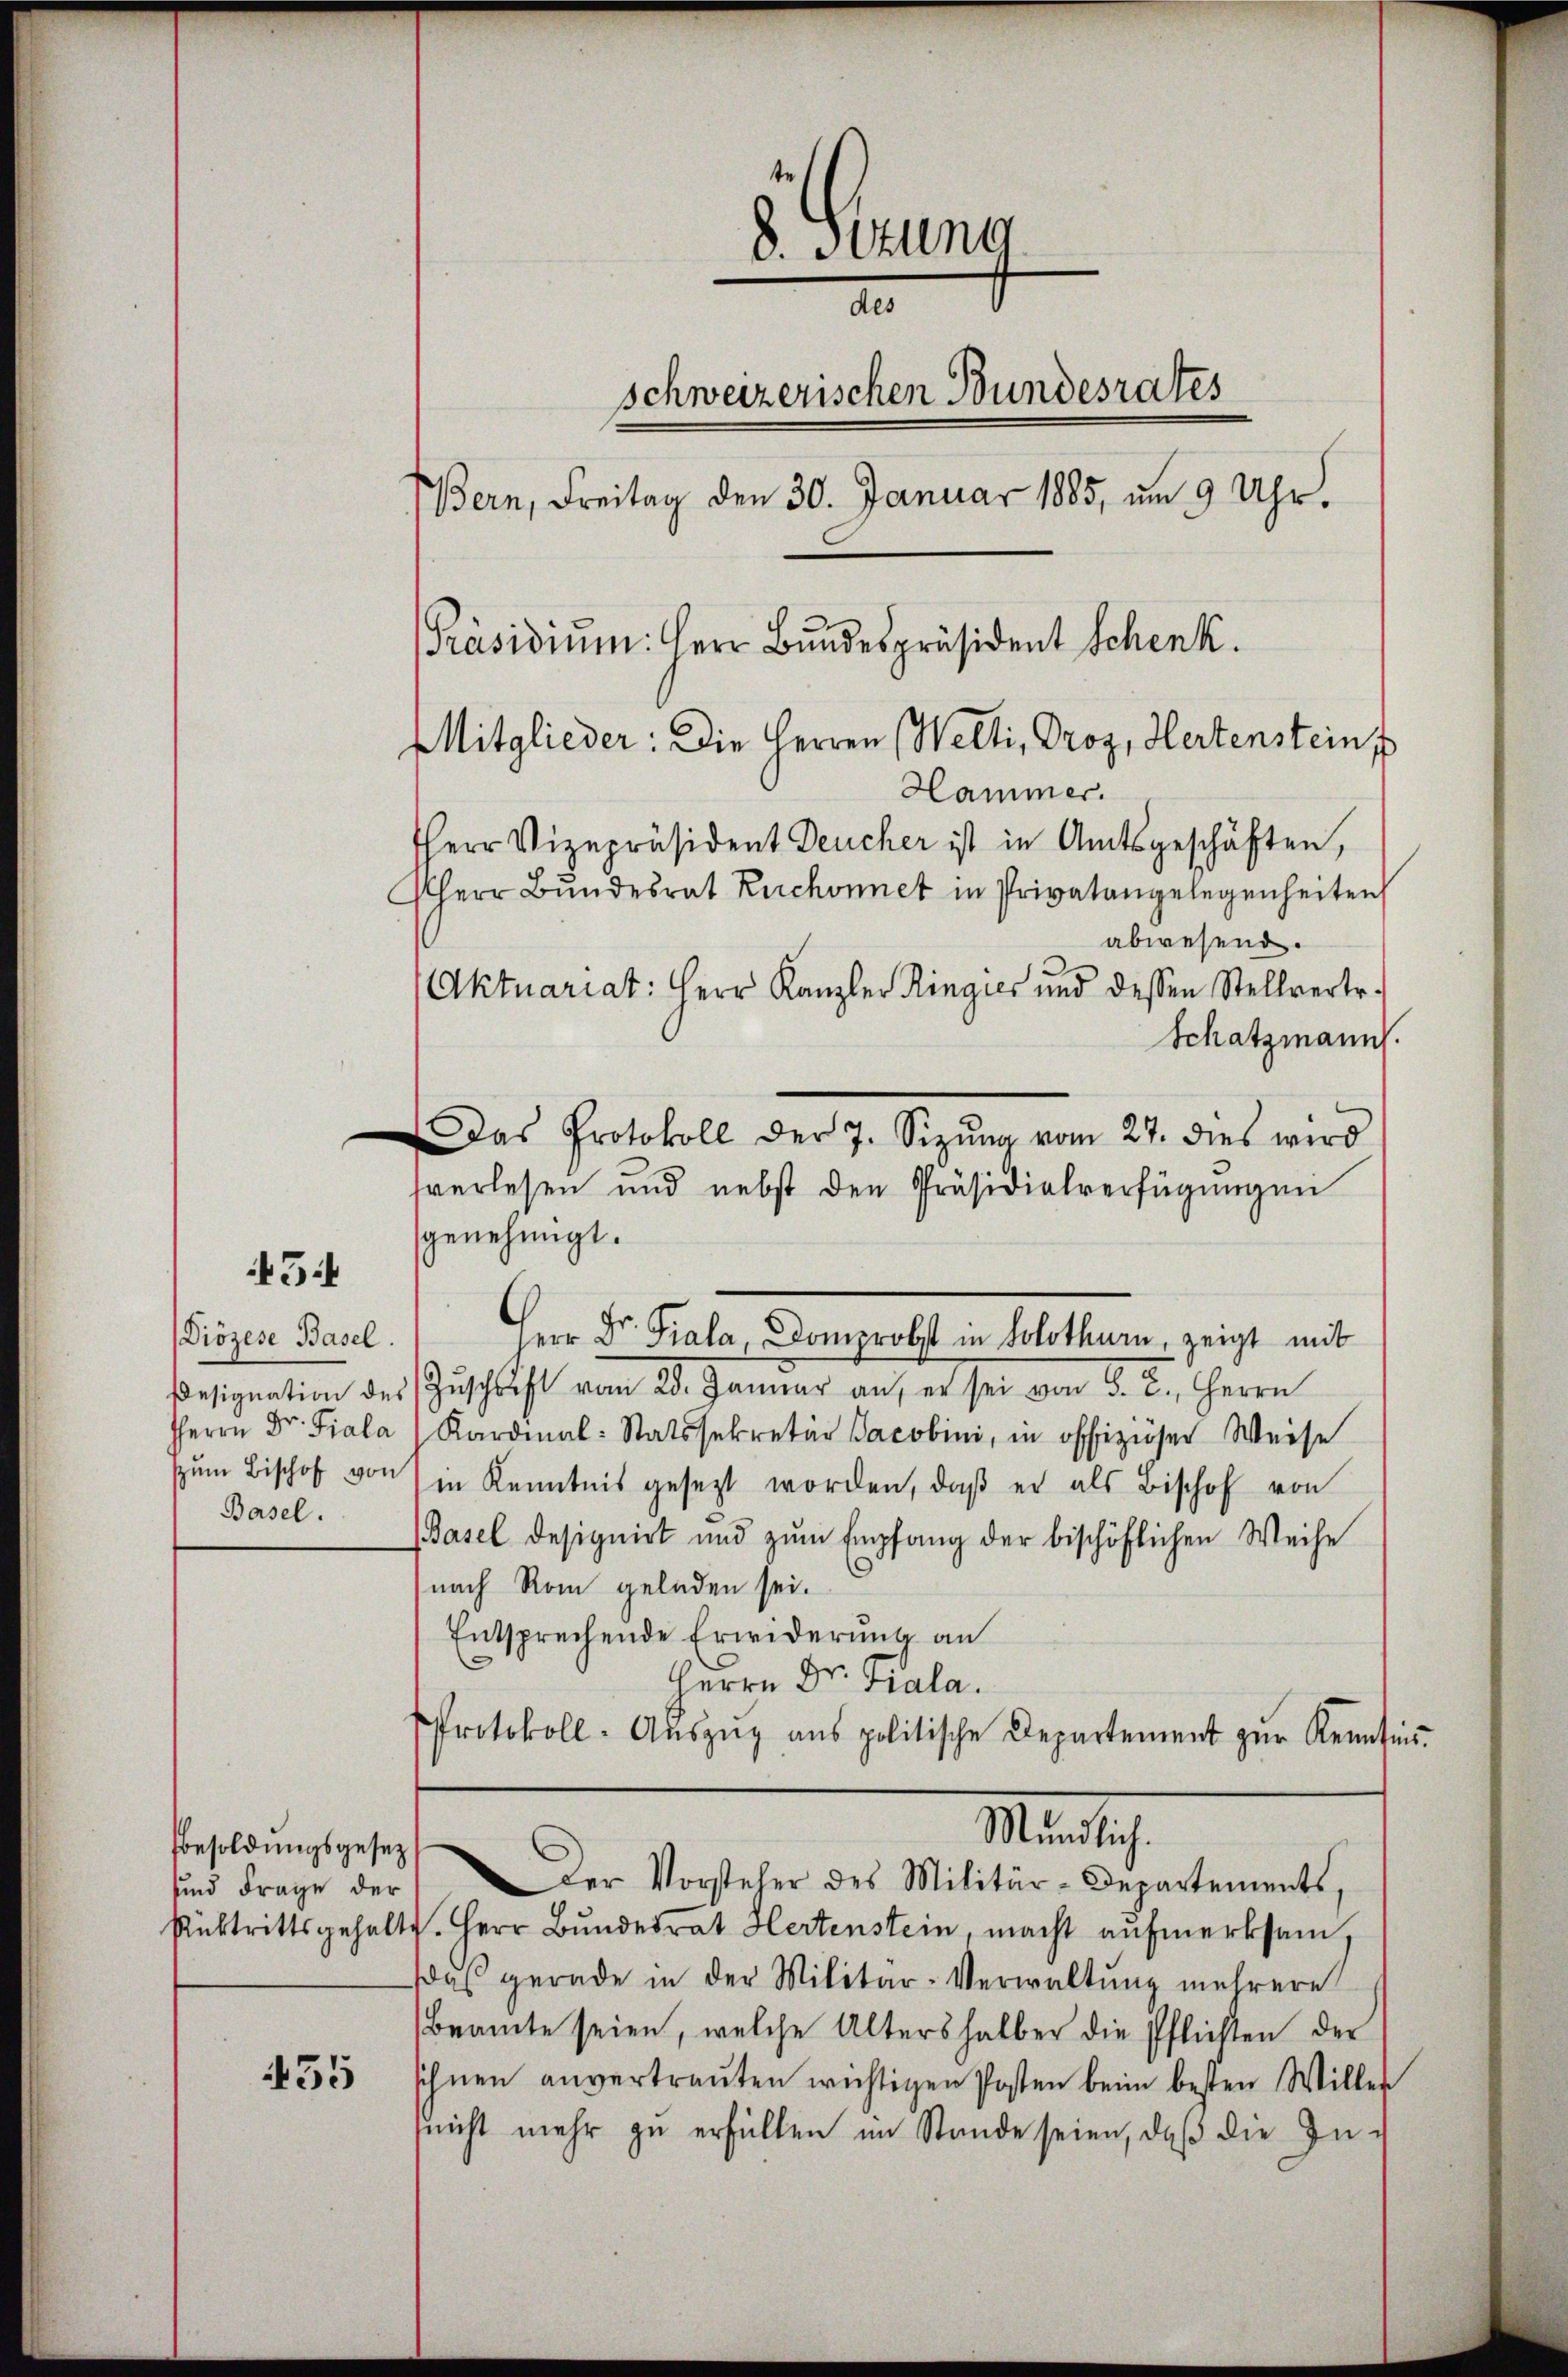
514

Diözese Basel.
Herrn Dr. Fiala
zum Bischof von
Basel.

35

Besoldungsgesetz
und Frage der

8. Sizung
des
schweizerischen Bundesrates
Bern, Freitag den 30. Januar 1885, um 9 Uhr.
[Präsidium. Herr Bundespräsident Schenk.
Mitglieder: Die Herren Welti, Proz, Hertenstein
Hammer.
HHerr Vizepräsident Deucher ist in Amtsgeschäften,
Herr Bŭndesrat Ruchonnet in Privatangelegenheiten

abwesend.
Aktuariat: Herr Kanzler Ringies und dessen Stellvertr.
Schatzmann.
Das Protokoll der 7. Sizŭng vom 27. dies wird
sverlesen und nebst den Präsidialverfügŭngen
genehmigt.
 Fr. Pala, Domprobst in Solothurn, zeigt mit
esignation des Zŭschrift vom 28. Januar an, er sei von S. 2., Herrn
Kardinal-Statssekretär Jacobini, in offiziöser Weise
in Kenntnis gesezt worden, daß er als Bischof von
(Basel designirt und zŭm Empfang der bischöflichen Weise
nach Rom geladen sei.
Entsprechende Erwiderŭng an
Herrn Dr. Fiala.
Protokoll-Aŭszŭg ans politische Departement zŭr Kennten.
Martig
Der Vorsteher des Militär-Departements,
Rücktrittsgehalt. Herr Bundesrat Hertenstein, macht aufmerksam,
Das gerade in der Militär-Verwaltung mehrere
Beamte seien, welche Altershalber die Pflichten der
schnen anvertrauten wichtigen Posten beim besten Willer
suicht mehr zu erfüllen im Stande seien, daß die In-